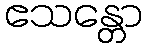
ဧသန္တော